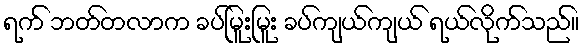
ရက် ဘတ်တလာက ခပ်မြူးမြူး ခပ်ကျယ်ကျယ် ရယ်လိုက်သည်။